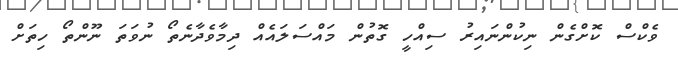
ވެކްސް ކޮށްގެން ނިކުންނައިރު ސިއްހީ ގޮތުން މައްސަލައެއް ދިމާވެދާނެތޯ ނުވަތަ ނޫންތޯ ހިތަށް